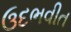
ઉદભવીત